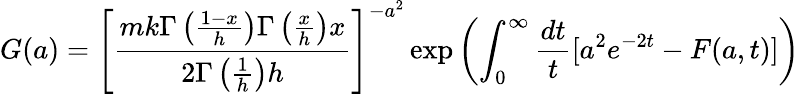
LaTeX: G(a)=\left[\frac{mk\Gamma\left(\frac{1-x}{h}\right)\Gamma\left(\frac{x}{h}\right)x}{2\Gamma\left(\frac{1}{h}\right)h}\right]^{-a^{2}}\exp\left(\int_{0}^{\infty}\frac{dt}{t}[a^{2}e^{-2t}-F(a,t)]\right)